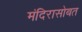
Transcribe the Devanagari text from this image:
मंदिरासोबत